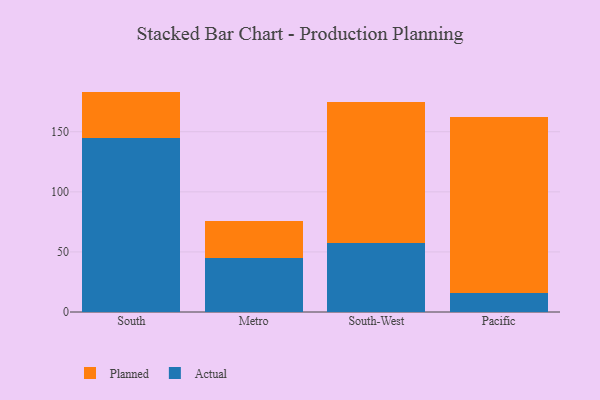
{"axis": {"x": "Region", "y": "Waste Production (Tons)"}, "legend": ["Actual", "Planned"], "data": [{"x": "South", "y": 144.6, "type": "Actual"}, {"x": "South", "y": 38.8, "type": "Planned"}, {"x": "Metro", "y": 44.9, "type": "Actual"}, {"x": "Metro", "y": 30.7, "type": "Planned"}, {"x": "South-West", "y": 57.4, "type": "Actual"}, {"x": "South-West", "y": 117.0, "type": "Planned"}, {"x": "Pacific", "y": 16.0, "type": "Actual"}, {"x": "Pacific", "y": 146.3, "type": "Planned"}]}